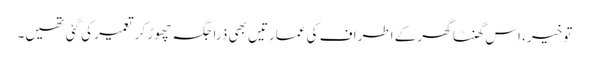
تو خیر، اس گھنٹا گھر کے اطراف کی عمارتیں بھی ذرا جگہ چھوڑ کر تعمیر کی گئی تھیں۔